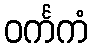
ဝင်္ကကံ